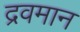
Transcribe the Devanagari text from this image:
द्रवमान